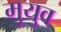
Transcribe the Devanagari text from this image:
मुयुव